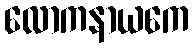
လောကနာယကေ